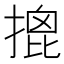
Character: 𢱧